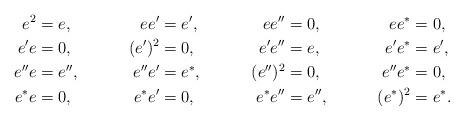
LaTeX: \begin{align*} e^2 & = e, & e e' & = e', & e e'' & = 0, & e e^* & = 0, \\ e' e & = 0, & (e')^2 & = 0, & e' e'' & = e, & e' e^* & = e', \\ e'' e & = e'', & e'' e' & = e^*, & (e'')^2 & = 0, & e'' e^* & = 0, \\ e^* e & = 0, & e^* e' & = 0, & e^* e'' & = e'', & (e^*)^2 & = e^*.\end{align*}